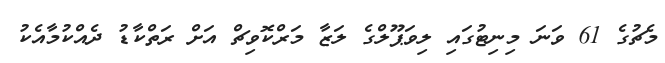
މެޗުގެ 61 ވަނަ މިނިޓުގައި ލިވަޕޫލްގެ ލަޒާ މަރްކޮވިޗް އަށް ރަތްކާޑު ދެއްކުމާއެކު